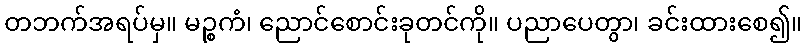
တဘက်အရပ်မှ။ မဉ္စကံ၊ ညောင်စောင်းခုတင်ကို။ ပညာပေတွာ၊ ခင်းထားစေ၍။